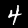
Label: 4